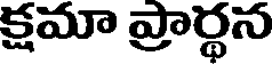
క్షమా ప్రార్థన